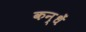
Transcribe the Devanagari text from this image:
कन्धें